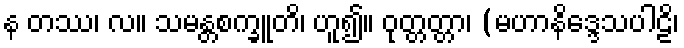
န တဿ၊ လ။ သမန္တစက္ခူတိ၊ ဟူ၍။ ဝုတ္တတ္တာ၊ (မဟာနိဒ္ဒေသပါဠိ၊